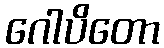
ဂေါပိတော